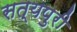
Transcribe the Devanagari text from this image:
सत्यपुरी